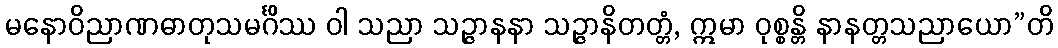
မနောဝိညာဏဓာတုသမင်္ဂိဿ ဝါ သညာ သဉ္ဇာနနာ သဉ္ဇာနိတတ္တံ, ဣမာ ဝုစ္စန္တိ နာနတ္တသညာယော”တိ